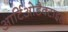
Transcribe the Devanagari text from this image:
आर्टिओडैक्टाइल